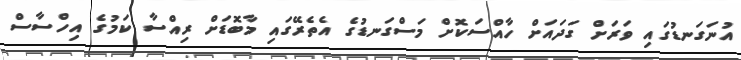
އުނަގަނޑުގައި ވަރަށް ގަދައަށް ހާއްސަކޮށް މަސްގަނޑުގެ އެތެރޭގައި މާބޮޑަށް ރިއްސާ ކަމުގެ އިހްސާސް